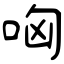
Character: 哅